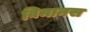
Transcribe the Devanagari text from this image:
विमानस